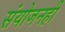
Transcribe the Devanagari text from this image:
संयोजनही